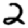
Digit: 2